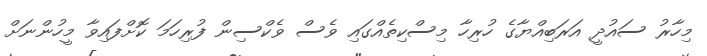
މިހާރު ސައުދީ އަރަބިއްޔާގެ ހުރިހާ މިސްކިތެއްގައި ވެސް ވެކްސިން ފުރިހަމަ ކޮށްފައިވާ މީހުންނަށް